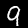
Label: 9